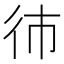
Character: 𱝭